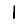
Digit: 1